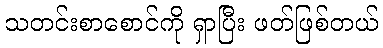
သတင်းစာစောင်ကို ရှာပြီး ဖတ်ဖြစ်တယ်